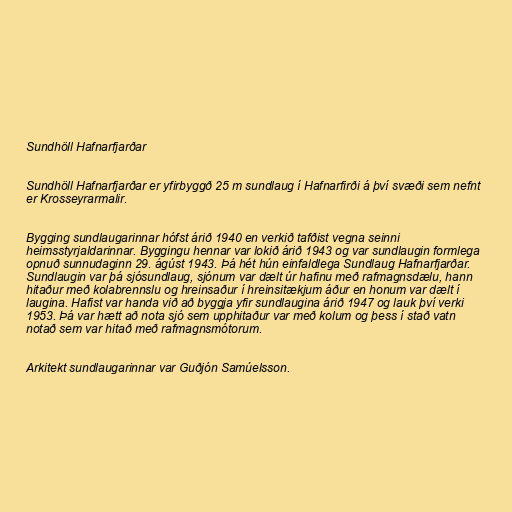
Sundhöll Hafnarfjarðar

Sundhöll Hafnarfjarðar er yfirbyggð 25 m sundlaug í Hafnarfirði á því svæði sem nefnt
er Krosseyrarmalir.

Bygging sundlaugarinnar hófst árið 1940 en verkið tafðist vegna seinni
heimsstyrjaldarinnar. Byggingu hennar var lokið árið 1943 og var sundlaugin formlega
opnuð sunnudaginn 29. ágúst 1943. Þá hét hún einfaldlega Sundlaug Hafnarfjarðar.
Sundlaugin var þá sjósundlaug, sjónum var dælt úr hafinu með rafmagnsdælu, hann
hitaður með kolabrennslu og hreinsaður í hreinsitækjum áður en honum var dælt í
laugina. Hafist var handa við að byggja yfir sundlaugina árið 1947 og lauk því verki
1953. Þá var hætt að nota sjó sem upphitaður var með kolum og þess í stað vatn
notað sem var hitað með rafmagnsmótorum.

Arkitekt sundlaugarinnar var Guðjón Samúelsson.